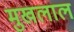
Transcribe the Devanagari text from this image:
मुखलाल